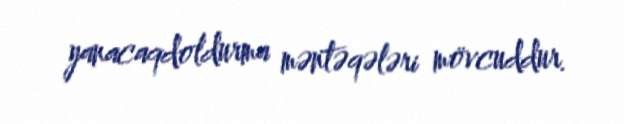
yanacaqdoldurma məntəqələri mövcuddur.